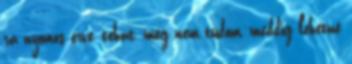
rá nyomós érve, tehát, még nem tudom, meddig lehetne